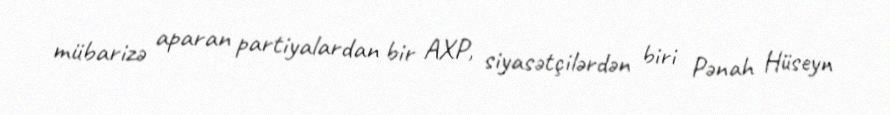
mübarizə aparan partiyalardan bir AXP, siyasətçilərdən biri Pənah Hüseyn